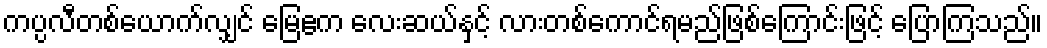
ကပ္ပလီတစ်ယောက်လျှင် မြေဧက လေးဆယ်နှင့် လားတစ်ကောင်ရမည်ဖြစ်ကြောင်းဖြင့် ပြောကြသည်။